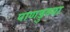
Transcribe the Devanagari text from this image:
पाणडुब्या